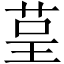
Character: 𮎺